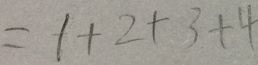
= 1 + 2 + 3 + 4